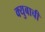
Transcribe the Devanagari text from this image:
क्युबाची